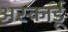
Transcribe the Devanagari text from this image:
अस्कार्डू